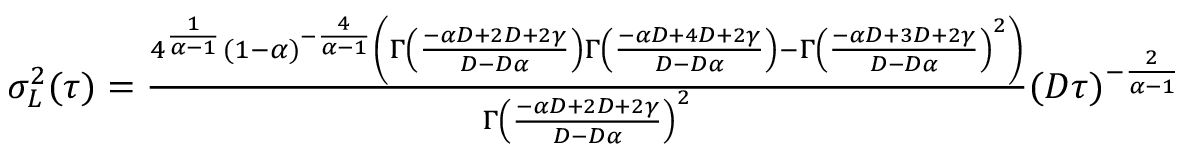
\begin{array} { r } { \sigma _ { L } ^ { 2 } ( \tau ) = \frac { 4 ^ { \frac { 1 } { \alpha - 1 } } ( 1 - \alpha ) ^ { - \frac { 4 } { \alpha - 1 } } \left( \Gamma \left( \frac { - \alpha D + 2 D + 2 \gamma } { D - D \alpha } \right) \Gamma \left( \frac { - \alpha D + 4 D + 2 \gamma } { D - D \alpha } \right) - \Gamma \left( \frac { - \alpha D + 3 D + 2 \gamma } { D - D \alpha } \right) ^ { 2 } \right) } { \Gamma \left( \frac { - \alpha D + 2 D + 2 \gamma } { D - D \alpha } \right) ^ { 2 } } ( D \tau ) ^ { - \frac { 2 } { \alpha - 1 } } } \end{array}